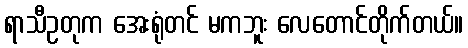
ရာသီဥတုက အေးရုံတင် မကဘူး လေတောင်တိုက်တယ်။